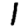
Digit: 1